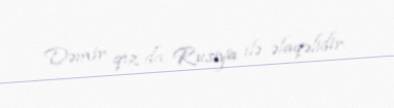
Dəmir qız da Rusiya ilə əlaqəlidir.